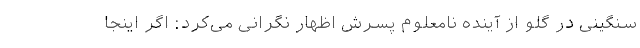
سنگینی در گلو از آینده نامعلوم پسرش اظهار نگرانی می‌کرد: اگر اینجا